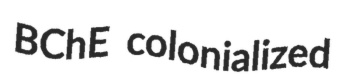
BChE colonialized